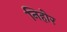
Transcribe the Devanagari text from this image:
निहोर